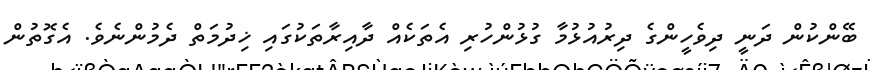
ބޭންކުން ދަނީ ދިވެހީންގެ ދިރުއުޅުމާ ގުޅުންހުރި އެތަކެއް ދާއިރާތަކުގައި ޚިދުމަތް ދެމުންނެވެ. އެގޮތުން